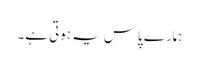
ہمارے پاس یہ ہوتی ہے۔